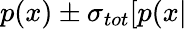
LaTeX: p(x)\pm\sigma_{{tot}}[p(x|